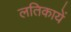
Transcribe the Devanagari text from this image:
लतिकायें